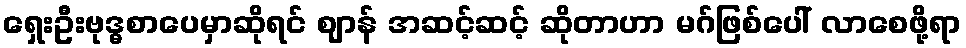
ရှေးဦးဗုဒ္ဓစာပေမှာဆိုရင် ဈာန် အဆင့်ဆင့် ဆိုတာဟာ မဂ်ဖြစ်ပေါ် လာစေဖို့ရာ